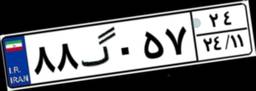
۸۸گ۰۵۷۲۴